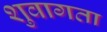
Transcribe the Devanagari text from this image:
शुवागता